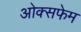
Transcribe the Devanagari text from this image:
ओक्सफेम